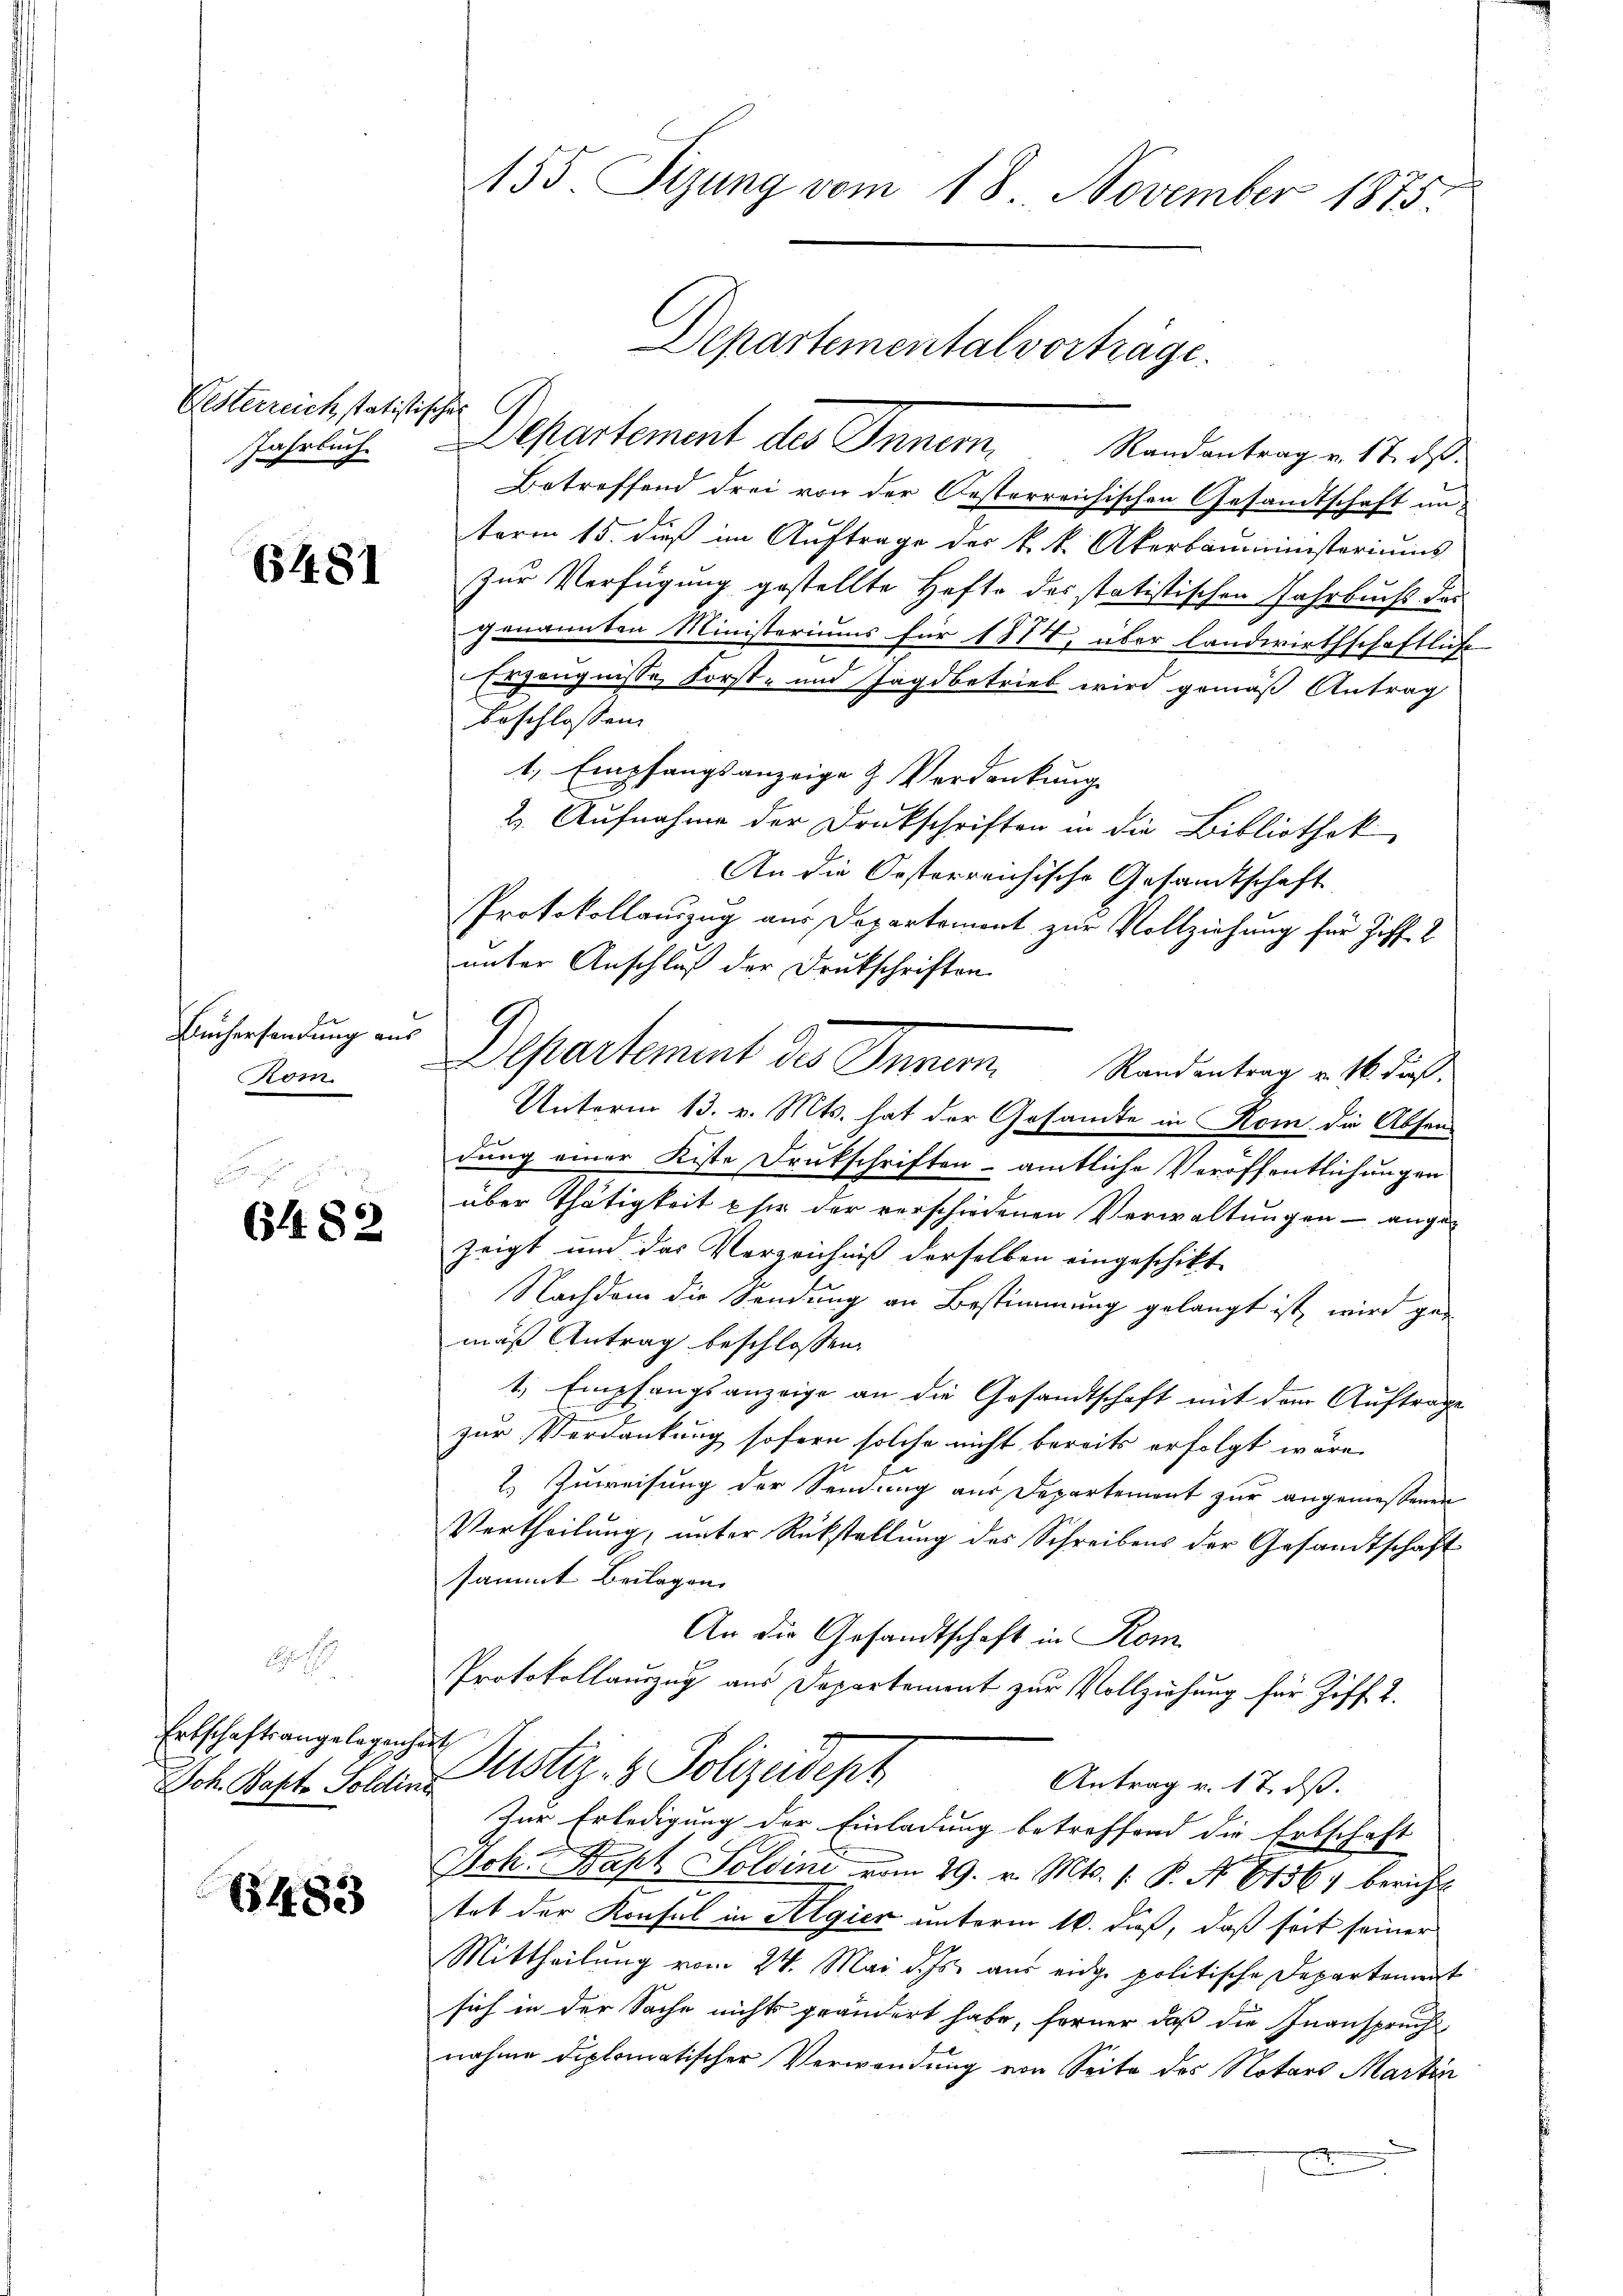
Gesterreich statistisch
Jährlich.

6481

Büchersendung aus
Prom

2
6482

Erbschaftsangelegenheit
Joh. Bapt. Soldins

6483

155. Sizung vom 18. November 1875
Departemental vorträge.

.
Departement des Innern Randantragen 11. ds.
Betreffend drei von der Oesterreichischen Gesandtschaft unterm 15. dieß im Auftrage des k. k. Akerbaumensteriums
zur Verfügung gestellte Hefte des statistischen Jahrbucht des
genannten Ministeriums für 1874, über Landwirthschaftliche
Ergängnisse Forst- und Jagdbetrieb wird gemäß Antrag
beschlossen:
1, Empfangsanzeige & Verdankung
2. Aufnahme der Drukschriften in die Bibliothek
An die Oesterreichische Gesandtschaft
Protokollauszug aus Departement zur Vollziehung für Ziff. 2
unter Anschluß der Drukschriften.
dung einer Kiste Drukschriften - amtliche Veröffentlichungen
über Thätigkeit eher der verschiedenen Verwaltungen – angezeigt und das Verzeichniß derselben eingeschikte
Nachdem die Sendung an Bestimmung gelangt ist, wird ge-
mäß Antrag beschlossen:
1., Empfangsanzeige an die Gesandtschaft mit dem Auftrage
zur Verdankung sofern solche nicht bereits erfolgt wäre,
2.) Zuweisung der Sendung aus Departement zur angemessenen
Vertheilung, unter Rückstellung des Schreibens der Gesandtschaft
sammt Beilagen.
An die Gesandtschaft in Kom
Protokollauszug aus Departement zur Vollziehung für Ziff. 2.
Justiz- & Polizeidept
Antrag v. 17. ds.
Zur Erledigung der Einladung betreffend die Erbschaft
Joh. Bapt. Soldine vom 29. v. Mts. (: P. No. 6136) bericht
tat der Konsul in Algien unterm 16. daß, daß seit seiner
Mittheilung vom 24. Mai d. Js. aus eidge politische Departement
sich in der Sache nichts geändert habe, ferner daß die Inanspruche
nahme diplomatischer Verwendung von Seite des Notars Martin

9

Departement des Innern Randentrag v. 16. dieß.
Unterm 13. v. Mts. hat der Gesandte in Rom die Absen-